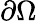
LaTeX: \partial\Omega